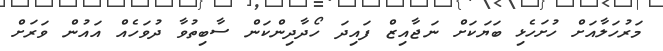
މަރުހަލާއަށް ހުށަހެޅި ބަޔަކަށް ނަޖާއިޒް ފައިދަ ހޯދާދިންކަން ސާބިތުވާ ދުވަހެއް އައުން ވަރަށް